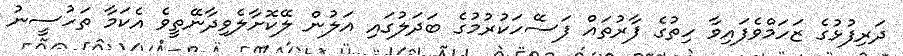
ދަރިފުޅުގެ ޒަހަމްވެފައިވާ ހިތުގެ ފާރުތައް ފަސޭހަކުރުމުގެ ބަދަލުގައި އަލުން ލޭކޮށާލެވިދާނޭތީވެ އެކަމާ ތަހުސީނު